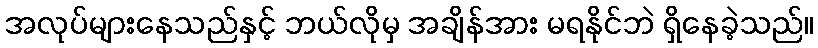
အလုပ်များနေသည်နှင့် ဘယ်လိုမှ အချိန်အား မရနိုင်ဘဲ ရှိနေခဲ့သည်။